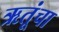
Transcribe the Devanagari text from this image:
ऋतूंचा